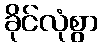
ခိုင်လုံစွာ